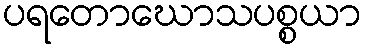
ပရတောဃောသပစ္စယာ